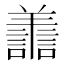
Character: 譱